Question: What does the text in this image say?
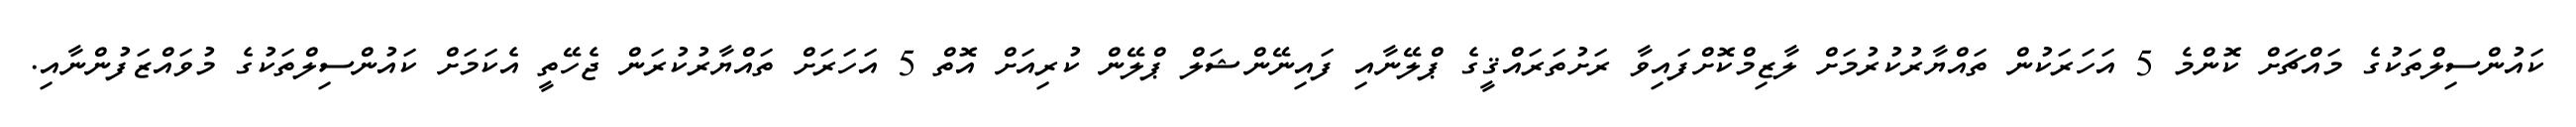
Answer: ކައުންސިލްތަކުގެ މައްޗަށް ކޮންމެ 5 އަހަރަކުން ތައްޔާރުކުރުމަށް ލާޒިމްކޮށްފައިވާ ރަށުތަރައްޤީގެ ޕްލޭނާއި ފައިނޭންޝަލް ޕްލޭން ކުރިއަށް އޮތް 5 އަހަރަށް ތައްޔާރުކުރަން ޖެހޭތީ އެކަމަށް ކައުންސިލްތަކުގެ މުވައްޒަފުންނާއި.